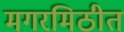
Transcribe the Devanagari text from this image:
मगरमिठीत